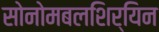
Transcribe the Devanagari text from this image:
सोनोमबलशिर्यिन